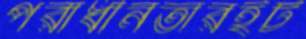
পরাধীনতারইট